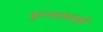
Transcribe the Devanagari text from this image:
फुगवट्यामुळे